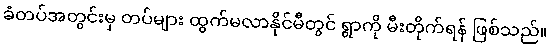
ခံတပ်အတွင်းမှ တပ်များ ထွက်မလာနိုင်မီတွင် ရွာကို မီးတိုက်ရန် ဖြစ်သည်။